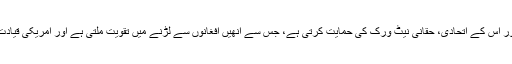
پاکستان اِن الزامات کی تردید کرتا ہے کہ اُس کی خفیہ ایجنسی پوشیدہ طور پر طالبان اور اُس کے اتحادی، حقانی نیٹ ورک کی حمایت کرتی ہے، جس سے اُنھیں افغانوں سے لڑنے میں تقویت ملتی ہے اور امریکی قیادت والی بین الاقوامی لڑاکا افواج کے انخلا کے بعد باغیوں کو پر تولنے میں مدد ملی ہے۔